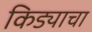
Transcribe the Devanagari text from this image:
किड्याचा